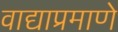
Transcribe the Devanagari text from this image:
वाद्याप्रमाणे